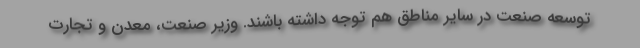
توسعه صنعت در سایر مناطق هم توجه داشته باشند. وزیر صنعت، معدن و تجارت